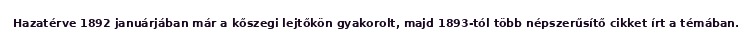
Hazatérve 1892 januárjában már a kőszegi lejtőkön gyakorolt, majd 1893-tól több népszerűsítő cikket írt a témában.